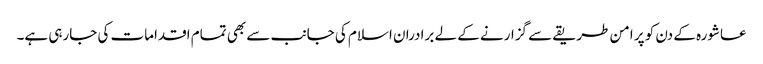
عاشورہ کے دن کو پر امن طریقے سے گزارنے کے لے برادران اسلام کی جانب سے بھی تمام اقدامات کی جارہی ہے۔